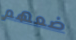
ضعهم